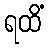
ရထိံ